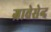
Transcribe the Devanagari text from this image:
ग्रावेसेन्द